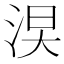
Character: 𣵖